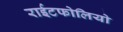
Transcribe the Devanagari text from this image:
राईटफोलियो